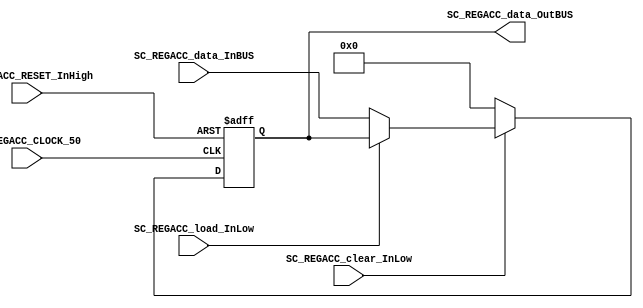

//=======================================================
//  MODULE Definition
//=======================================================

module SC_REGACC #(parameter REGACC_DATAWIDTH=32, parameter INITIAL_VALUE=32'b0)
(
	//////////// OUTPUTS //////////
	SC_REGACC_data_OutBUS,
	//////////// INPUTS //////////
	SC_REGACC_CLOCK_50,
	SC_REGACC_RESET_InHigh,
	SC_REGACC_clear_InLow, 
	SC_REGACC_load_InLow, 
	SC_REGACC_data_InBUS
);

//=======================================================
//  PARAMETER declarations
//=======================================================

//=======================================================
//  PORT declarations
//=======================================================
output	[REGACC_DATAWIDTH-1:0]	SC_REGACC_data_OutBUS;
input		SC_REGACC_CLOCK_50;
input		SC_REGACC_RESET_InHigh;
input		SC_REGACC_clear_InLow;
input		SC_REGACC_load_InLow;	
input		[REGACC_DATAWIDTH-1:0]	SC_REGACC_data_InBUS;

//=======================================================
//  REG/WIRE declarations
//=======================================================
reg [REGACC_DATAWIDTH-1:0] REGACC_Register = INITIAL_VALUE;
reg [REGACC_DATAWIDTH-1:0] REGACC_Signal = INITIAL_VALUE;

//=======================================================
//  Structural coding
//=======================================================
//INPUT LOGIC: COMBINATIONAL
always @(*)
begin
	if (SC_REGACC_clear_InLow == 1'b0)
		REGACC_Signal = INITIAL_VALUE;
	else if (SC_REGACC_load_InLow == 1'b0)
		REGACC_Signal = SC_REGACC_data_InBUS;
	else
		REGACC_Signal = REGACC_Register;
	end	
//STATE REGISTER: SEQUENTIAL
always @(posedge SC_REGACC_CLOCK_50, posedge SC_REGACC_RESET_InHigh)
begin
	if (SC_REGACC_RESET_InHigh == 1'b1)
		REGACC_Register <= INITIAL_VALUE;
	else
		REGACC_Register <= REGACC_Signal;
end
//=======================================================
//  Outputs
//=======================================================
//OUTPUT LOGIC: COMBINATIONAL
assign SC_REGACC_data_OutBUS = REGACC_Register;

endmodule